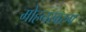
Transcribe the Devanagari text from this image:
मोहनस्वरुप